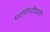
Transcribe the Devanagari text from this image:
पाणिनीच्याही